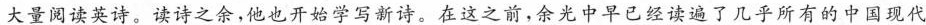
大量阅读英诗。 读诗之余，他也开始学写新诗。在这之前，余光中早已经读遍了几乎所有的中国现代